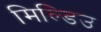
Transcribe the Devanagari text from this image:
मिल्डिउ